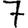
Digit: 7